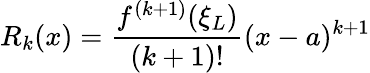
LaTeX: R_{k}(x)={\frac{f^{(k+1)}(\xi_{L})}{(k+1)!}}(x-a)^{k+1}